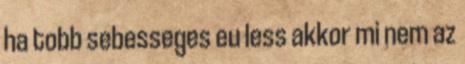
ha tobb sebesseges eu less akkor mi nem az